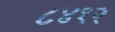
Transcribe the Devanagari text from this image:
८४१२